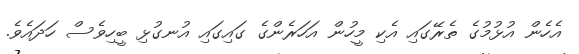
އެހެން އުޅުމުގެ ތެރޭގައި އެކި މީހުން އަހަރެންގެ ގައިގައި އުނގުޅި ބީހިވެސް ހަދައެވެ.